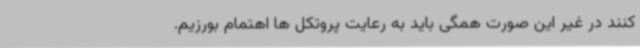
کنند در غیر این صورت همگی باید به رعایت پروتکل ها اهتمام بورزیم.